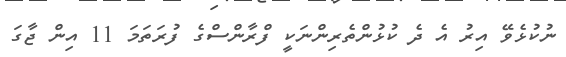
ނުކުޅެވޭ އިރު އެ ދެ ކުޅުންތެރިންނަކީ ފްރާންސްގެ ފުރަތަމަ 11 އިން ޖާގަ